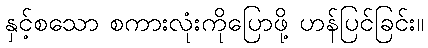
နှင့်စသော စကားလုံးကိုပြောဖို့ ဟန်ပြင်ခြင်း။